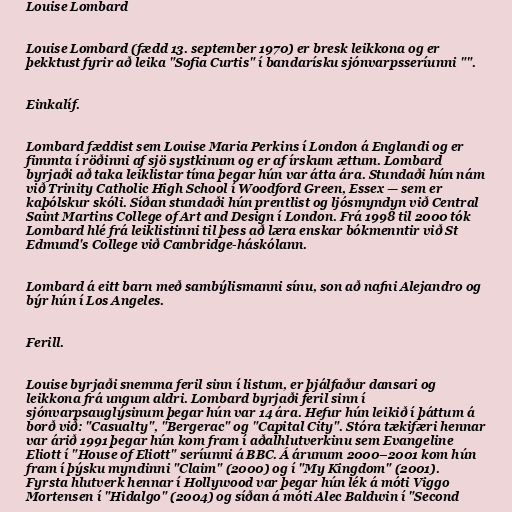
Louise Lombard

Louise Lombard (fædd 13. september 1970) er bresk leikkona og er
þekktust fyrir að leika "Sofia Curtis" í bandarísku sjónvarpsseríunni "".

Einkalíf.

Lombard fæddist sem Louise Maria Perkins í London á Englandi og er
fimmta í röðinni af sjö systkinum og er af írskum ættum. Lombard
byrjaði að taka leiklistar tíma þegar hún var átta ára. Stundaði hún nám
við Trinity Catholic High School í Woodford Green, Essex — sem er
kaþólskur skóli. Síðan stundaði hún prentlist og ljósmyndyn við Central
Saint Martins College of Art and Design í London. Frá 1998 til 2000 tók
Lombard hlé frá leiklistinni til þess að læra enskar bókmenntir við St
Edmund's College við Cambridge-háskólann.

Lombard á eitt barn með sambýlismanni sínu, son að nafni Alejandro og
býr hún í Los Angeles.

Ferill.

Louise byrjaði snemma feril sinn í listum, er þjálfaður dansari og
leikkona frá ungum aldri. Lombard byrjaði feril sinn í
sjónvarpsauglýsinum þegar hún var 14 ára. Hefur hún leikið í þáttum á
borð við: "Casualty", "Bergerac" og "Capital City". Stóra tækifæri hennar
var árið 1991 þegar hún kom fram í aðalhlutverkinu sem Evangeline
Eliott í "House of Eliott" seríunni á BBC. Á árunum 2000–2001 kom hún
fram í þýsku myndinni "Claim" (2000) og í "My Kingdom" (2001).
Fyrsta hlutverk hennar í Hollywood var þegar hún lék á móti Viggo
Mortensen í "Hidalgo" (2004) og síðan á móti Alec Baldwin í "Second